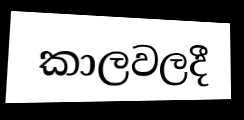
කාලවලදී